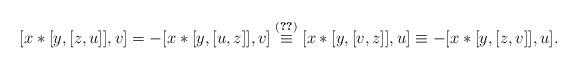
LaTeX: \begin{align*} [x\ast[y,[z,u]],v]=-[x\ast[y,[u,z]],v]\overset{\eqref{chan-35}}{\equiv} [x\ast[y,[v,z]],u]\equiv -[x\ast[y,[z,v]],u]. \end{align*}